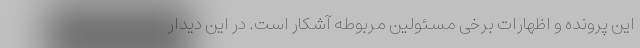
این پرونده و اظهارات برخی مسئولین مربوطه آشکار است. در این دیدار